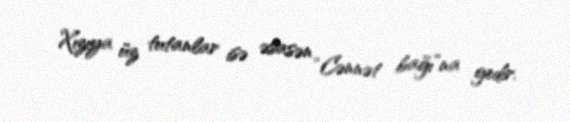
Xızıya üz tutanlar isə əsasən “Cənnət bağı”na gedir.